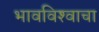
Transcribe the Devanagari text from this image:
भावविश्‍वाचा